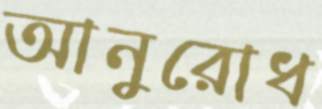
আনুরোধ